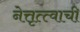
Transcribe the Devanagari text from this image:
नेत्तृत्त्वाची